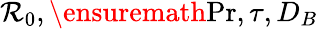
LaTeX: \mathcal{R}_{0},\ensuremath{{\mathrm{{Pr}}}},\tau,D_{B}